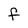
Character: F